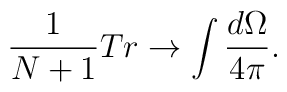
\frac{1}{N+1}Tr \rightarrow \int \frac{d\Omega}{4\pi}.